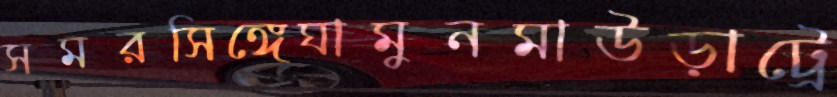
সমরসিঙ্গেঘামুনমাউড়াট্রে